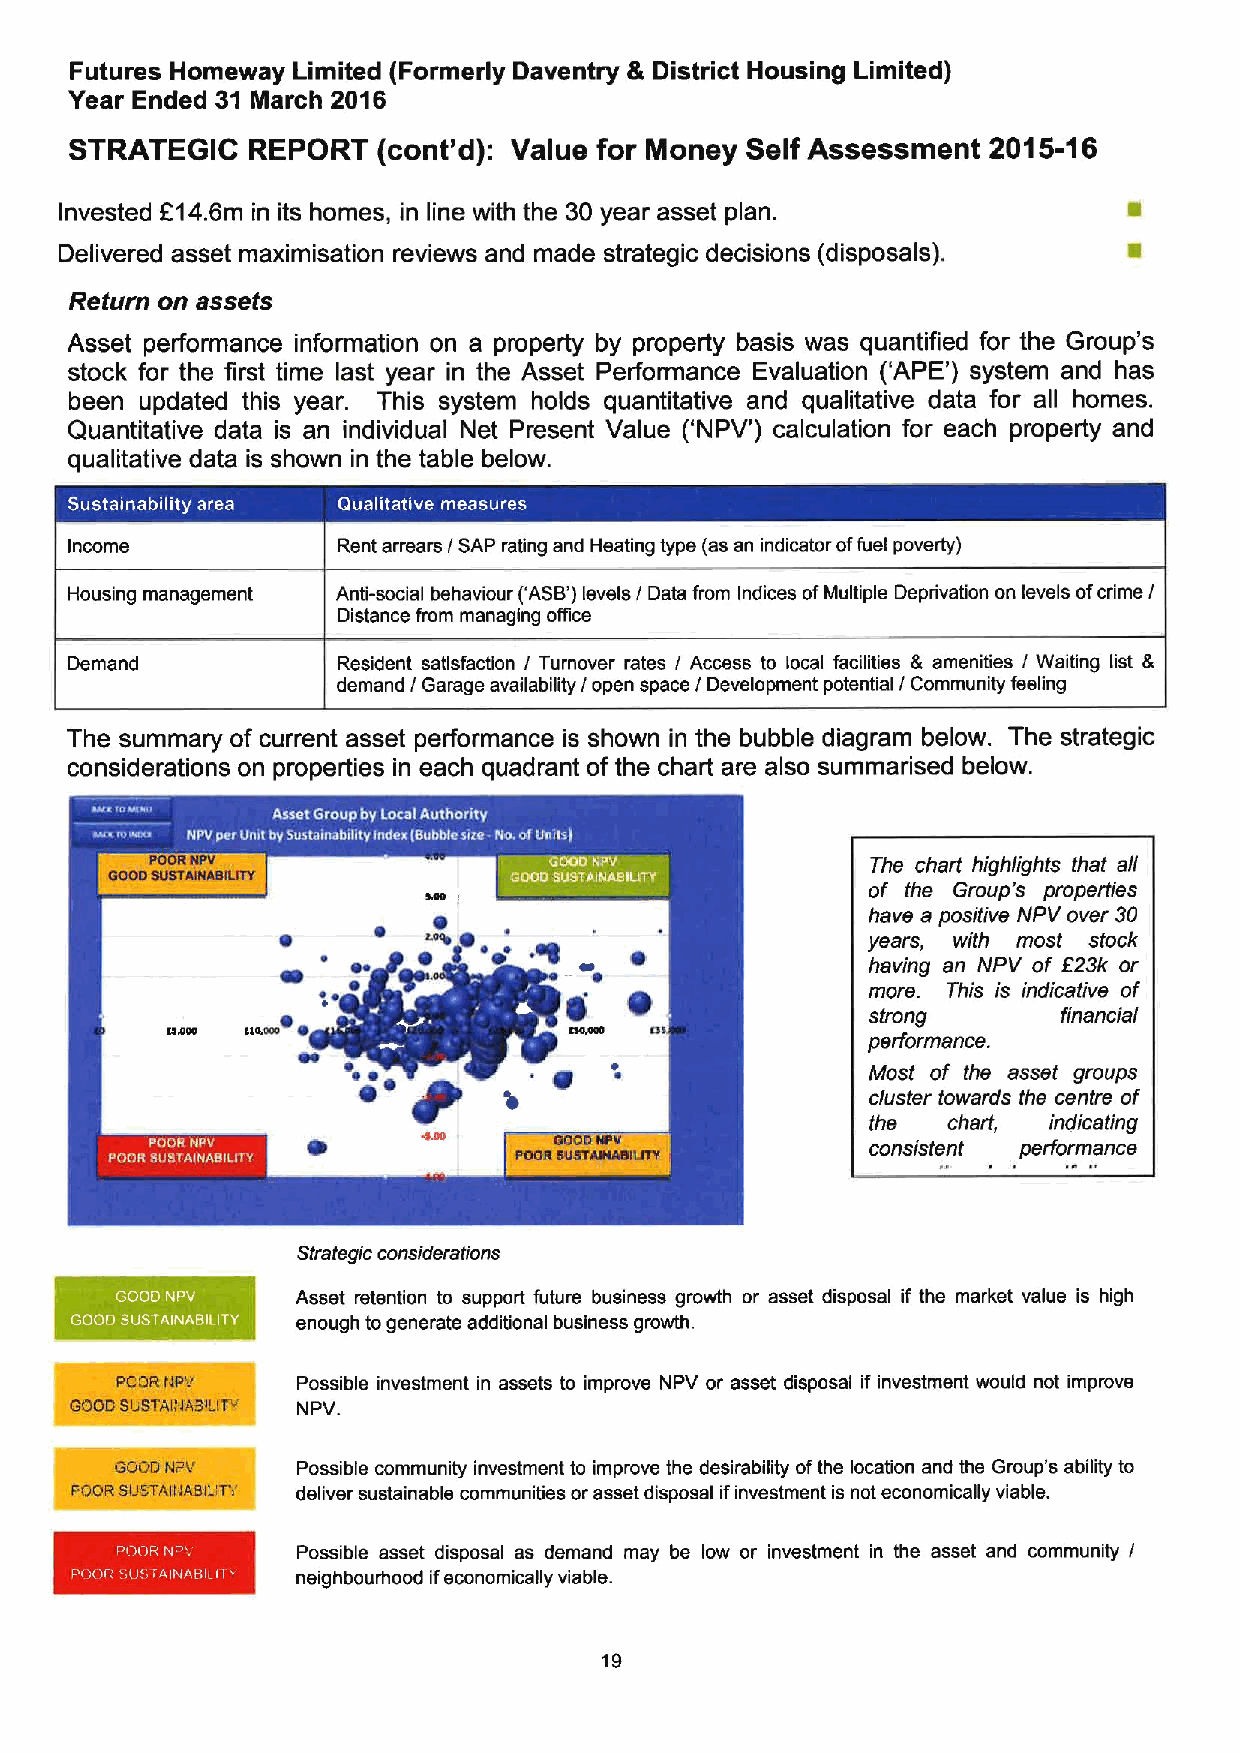
Futures Homeway Limited (Formerly Daventry & District Housing Limited)
 Year Ended 31 March 2016
 STRATEGIC  REPORT   (cont'd): Value for Money Self Assessment 2015-16
 Invested F14.6m in its homes, in line with the 30 year asset plan.
 Delivered asset maximisation reviews and made strategic decisions (disposals).
 Return on assets
 Asset performance information on a property by property basis was quantified for the Group's
 stock for the first time last year in the Asset Performance Evaluation ('APE') system and has
 been updated this year. This system holds quantitative and qualitative data for all homes.
 Quantitative data is an individual Net Present Value ('NPV') calculation for each property and
 qualitative data is shown in the table below.
 Income            Rent arrears / SAP rating and Heating type (as an indicator offuel poverty)
 Housing management Anti-social behaviour ('ASB3levels / Data from Indices ofMultiple Deprivation on levels ofcrime /
 Distance from managing oFice
 Demand            Resident satisfaction / Turnover rates / Access to local facilities & amenities / Waiting list &
 demand / Garage availability / open space / Development potential / Community feeling
 The summary of current asset performance is shown in the bubble diagram below. The strategic
 considerations on properties in each quadrant of the chart are also summarised below.
 The chart highlights that a/I
 of the Group's properties
 have a positive NPV over 30
 ~   ~ ~ Q     ~              years, with most stock
 having an NPV of 823k or
 more. This is indicative of
 strong      financial
 ~
 R1ILNO             '0                    performance.
 'icy,
 Most of the asset groups
 cluster towards the centre of
 the  chart, indicating
 consistent performance
 Strategic considerations
 Asset retention to support future business growth or asset disposal if the market value is high
 enough togenerate additional business growth.
 Possible investment in assets to improve NPV or asset disposal if investment would not improve
 NPV.
 Possible community investment to improve the desirability ofthe location and the Group's ability to
 deliver sustainable communities or asset disposal ifinvestment is not economically viable.
 Possible asset disposal as demand may be low or investment in the asset and community /
 neighbourhood ifeconomically viable.
 19